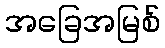
အခြေအမြစ်